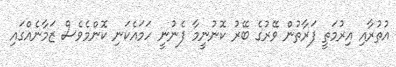
އުތުރާއި އިރުމަތީ ފަރާތުން ވޭރުގެ ބޭރު ކޮނުނީމާ ފެނުނީ ހަމައެކަނި ކޮންމެވެސް ޒަމާނެއްގައި